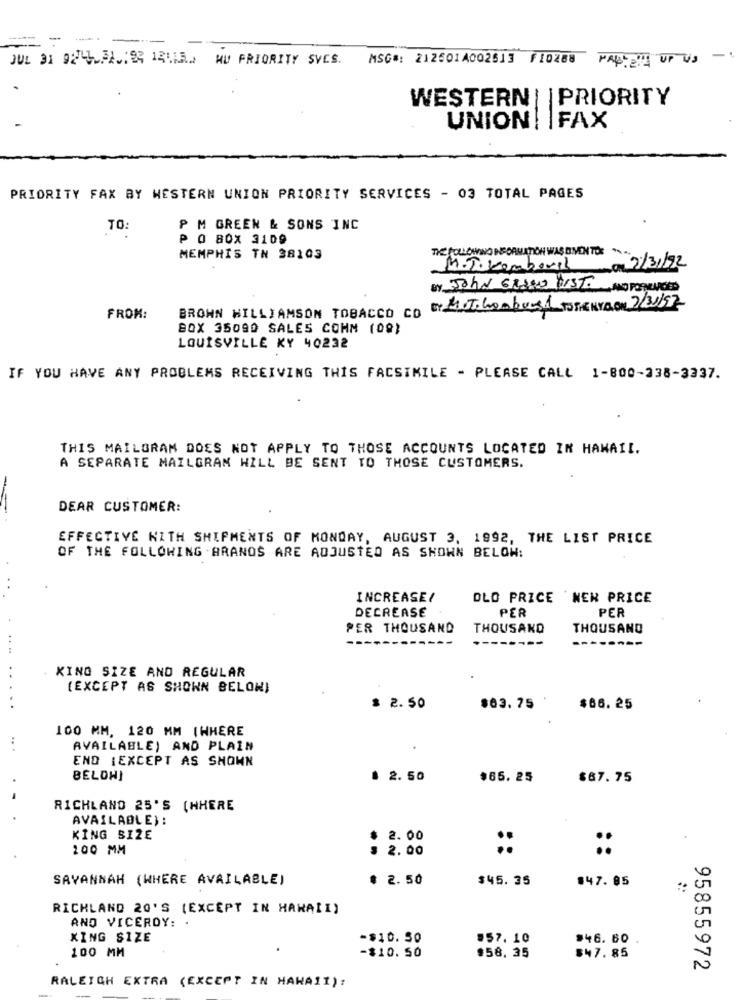
- -- --
JUL 31 9241.31.199 12115> MU PRIORITY SVCS.
MSC#: 212601A002513 F10288 PALL UE UP VJ
WESTERN | |PRIORITY
UNION |FAX
PRIORITY FAX BY WESTERN UNION PRIORITY SERVICES - 03 TOTAL PAGES
TO:
P M GREEN & SONS INC
P O BOX 3109
THE FOLLOWNO NICORMATION WAS GIVEN TO:
MEMPHIS TN 38103
ICIL 2/3/92
By JOHN GRANO PISTA AND FONLARGED
Er MOT.Gombused TO STENYOON 7/3/97
FROM:
BROWN WILLIAMSON TOBACCO CO
BOX 35090 SALES COMM (09)
LOUISVILLE KY 40232
IF YOU HAVE ANY PROBLEMS RECEIVING THIS FACSIMILE - PLEASE CALL 1-800-238-3337.
THIS MAILGRAM DOES NOT APPLY TO THOSE ACCOUNTS LOCATED IN HAWAII.
A SEPARATE MAILGRAM WILL BE SENT TO THOSE CUSTOMERS.
DEAR CUSTOMER:
EFFECTIVE WITH SHIPMENTS OF MONDAY, AUGUST 3, 1992, THE LIST PRICE
OF THE FOLLOWING . ARANOS ARE ADJUSTED AS SHOWN BELOW:
INCREASE!
DLO PRICE NEN PRICE
DECREASE
PER
PER
PER THOUSAND
THOUSAND
THOUSAND
.. ..
KING SIZE AND REGULAR
..
(EXCEPT AS SHOWN BELOW)
$ 2.50
$63. 75
$86. 25
100 MM, 120 MM (WHERE
AVAILABLE) AND PLAIN
END IEXCEPT AS SHOWN
BELOWJ
. 2. 50
$65. 25
$67. 75
RICHLAND 25'S (WHERE
AVAILABLE):
KING SIZE
* 2.00
200 MM
2.00
:
SAVANNAH (WHERE AVAILABLE)
៛ 2.50
$45.35
#47. 85
RICHLAND 20'S (EXCEPT IN HAWAII)
AND VICEROY: .
XING SIZE
-$10. 50
.57. 10
$46.60
100 MM
-$10.50
$58. 35
$47. 85
95855972
RALEIGH EXTRA (EXCEPT IN HAWAII):